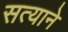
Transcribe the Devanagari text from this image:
सत्याने